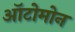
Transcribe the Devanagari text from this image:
ऑटोमोन